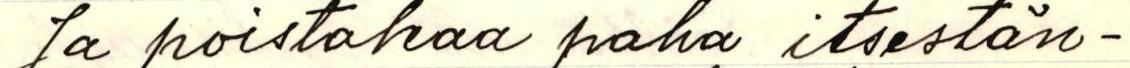
Ja poistakaa paha itsestän-